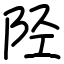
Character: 陉